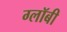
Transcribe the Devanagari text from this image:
ग्लॉबी